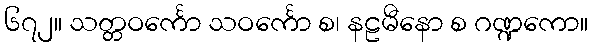
၆၇၂။ သတ္တဝင်္ကော သဝင်္ကော စ၊ နဠမီနော စ ဂဏ္ဍကော။